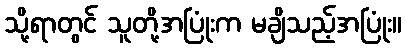
သို့ရာတွင် သူတို့အပြုံးက မချိသည့်အပြုံး။